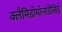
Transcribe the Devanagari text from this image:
क्लैमिडोमॉनाडेसिई